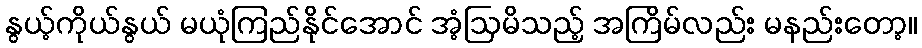
နွယ့်ကိုယ်နွယ် မယုံကြည်နိုင်အောင် အံ့ဩမိသည့် အကြိမ်လည်း မနည်းတော့။